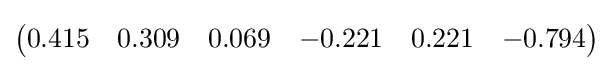
{\textstyle {\begin{pmatrix}0.415&0.309&0.069&-0.221&0.221&-0.794\end{pmatrix}}}